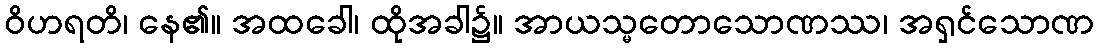
ဝိဟရတိ၊ နေ၏။ အထခေါ၊ ထိုအခါ၌။ အာယသ္မတောသောဏဿ၊ အရှင်သောဏ